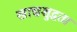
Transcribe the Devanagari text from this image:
खाद्यशुद्धता